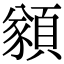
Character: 𩔀